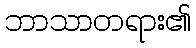
ဘာသာတရား၏